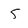
Character: 5